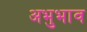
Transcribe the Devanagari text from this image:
अभुभाव